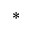
^ *